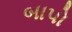
બાપો